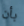
بأن